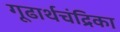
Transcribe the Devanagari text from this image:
गूढार्थचंद्रिका